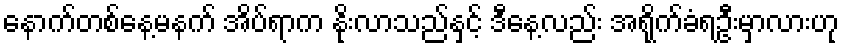
နောက်တစ်နေ့မနက် အိပ်ရာက နိုးလာသည်နှင့် ဒီနေ့လည်း အရိုက်ခံရဦးမှာလားဟု